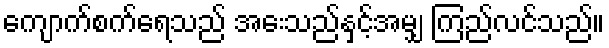
ကျောက်စက်ရေသည် အေးသည်နှင့်အမျှ ကြည်လင်သည်။